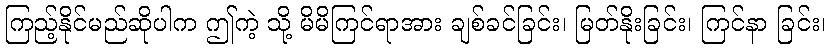
ကြည့်နိုင်မည်ဆိုပါက ဤကဲ့ သို့ မိမိကြင်ရာအား ချစ်ခင်ခြင်း၊ မြတ်နိုးခြင်း၊ ကြင်နာ ခြင်း၊